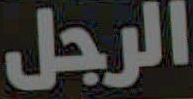
الرجل